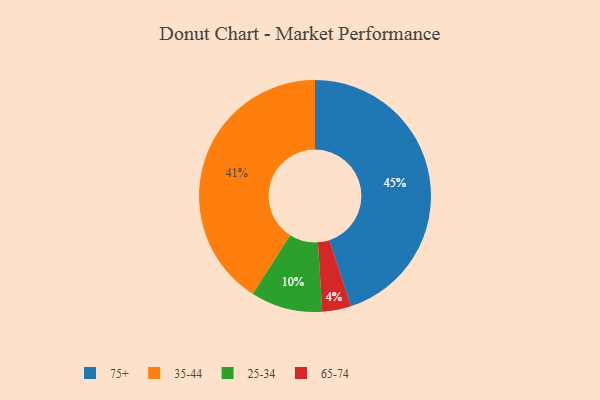
{"axis": {"x": "Category", "y": "Percentage"}, "legend": ["25-34", "35-44", "65-74", "75+"], "data": [{"x": "75+", "y": 45, "type": "75+"}, {"x": "65-74", "y": 4, "type": "65-74"}, {"x": "25-34", "y": 10, "type": "25-34"}, {"x": "35-44", "y": 41, "type": "35-44"}]}